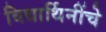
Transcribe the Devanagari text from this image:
विद्यार्थिनींचे